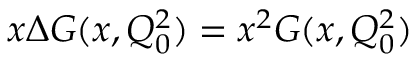
x \Delta G ( x , Q _ { 0 } ^ { 2 } ) = x ^ { 2 } G ( x , Q _ { 0 } ^ { 2 } )